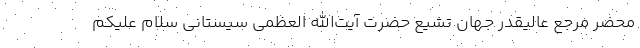
محضر مرجع عالیقدر جهان تشیع حضرت آیت‌الله العظمی سیستانی سلام علیکم